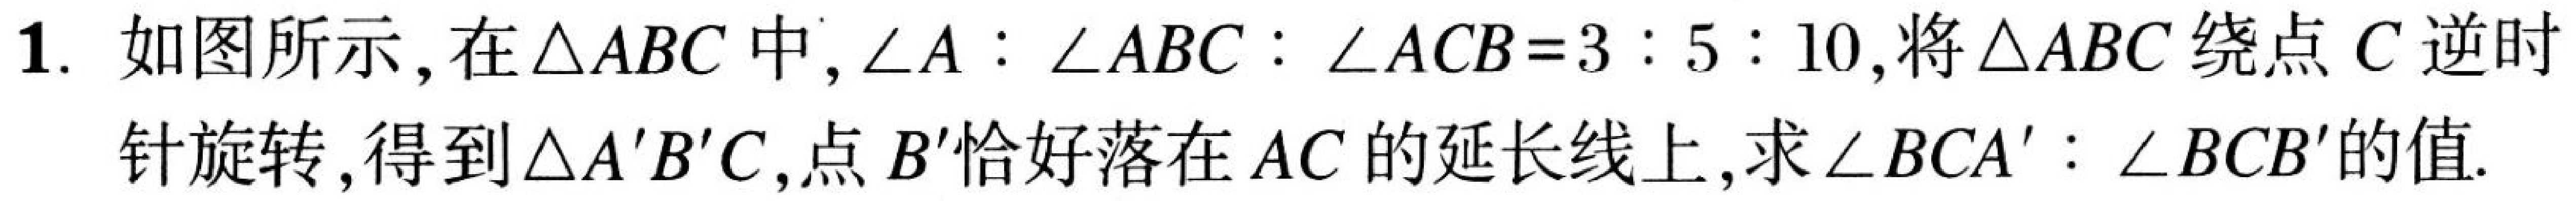
1. 如图所示，在\(\triangle ABC\)中，\(\angle A:\angle ABC:\angle ACB = 3:5:10\)，将\(\triangle ABC\)绕点\(C\)逆时针旋转，得到\(\triangle A'B'C\)，点\(B'\)恰好落在\(AC\)的延长线上，求\(\angle BCA':\angle BCB'\)的值.